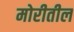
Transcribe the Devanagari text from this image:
मोरीतील